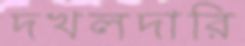
দখলদারি